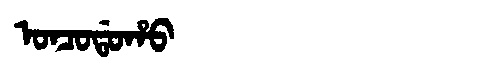
Manchu: ᠣᠨᠴᠣᡩᠣᡥᠣ
Romanization: ONCODOHO